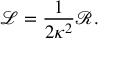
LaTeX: \mathcal { L } = \frac { 1 } { 2 \kappa ^ { 2 } } \mathcal { R } .